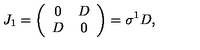
J _ { 1 } = \left( \begin{array} { c c } { 0 } & { D } \\ { D } & { 0 } \\ \end{array} \right) = \sigma ^ { 1 } D ,